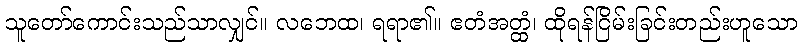
သူတော်ကောင်းသည်သာလျှင်။ လဘေထ၊ ရရာ၏။ ဧတံအတ္ထံ၊ ထိုရန်ငြိမ်းခြင်းတည်းဟူသော